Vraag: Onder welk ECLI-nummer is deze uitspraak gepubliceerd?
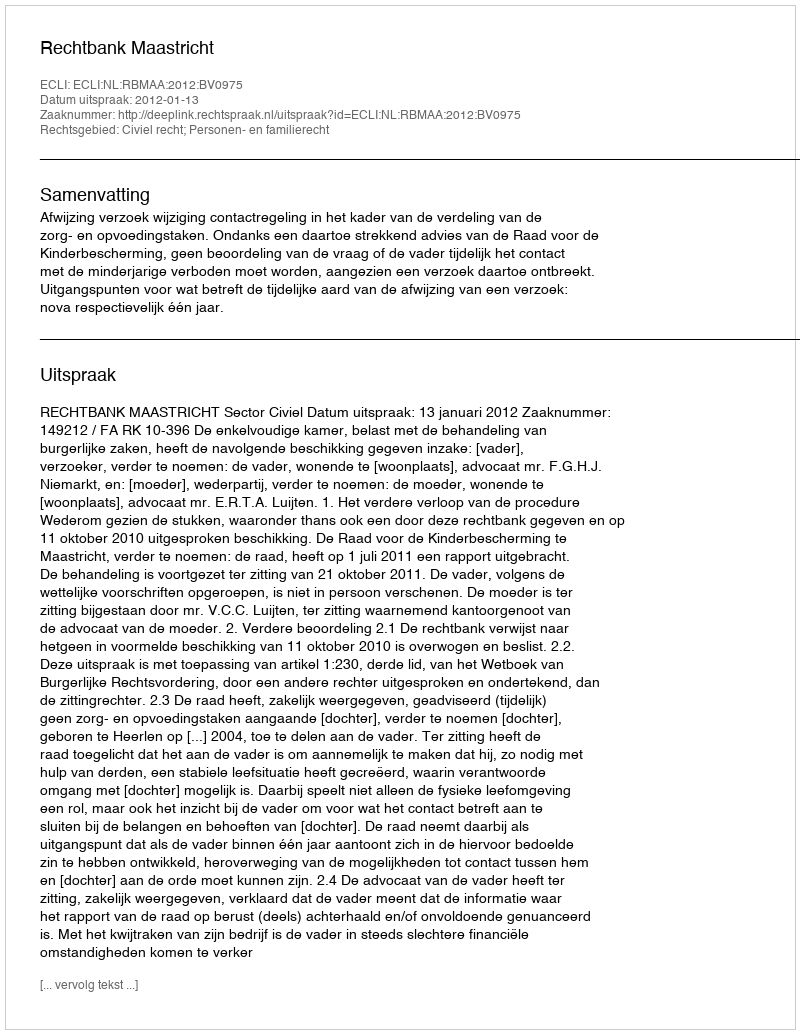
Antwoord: ECLI:NL:RBMAA:2012:BV0975